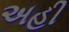
અહી